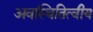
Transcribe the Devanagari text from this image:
अवस्थितित्वीय